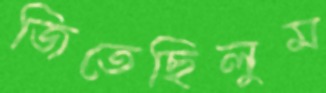
জিতেছিলুম